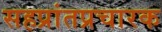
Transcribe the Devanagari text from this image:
सहप्रांतप्रचारक